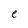
Character: e